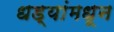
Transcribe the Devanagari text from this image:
धड्यांमधून